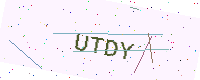
Text: UTDY